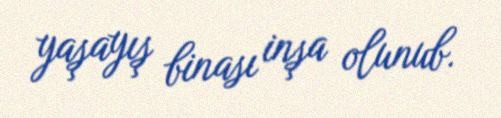
yaşayış binası inşa olunub.